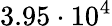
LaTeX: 3.95\cdot 10^{4}